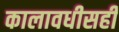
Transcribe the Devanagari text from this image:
कालावधीसही